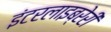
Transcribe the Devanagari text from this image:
इंटरलाइब्रेरी